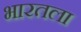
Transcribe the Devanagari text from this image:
भारतला